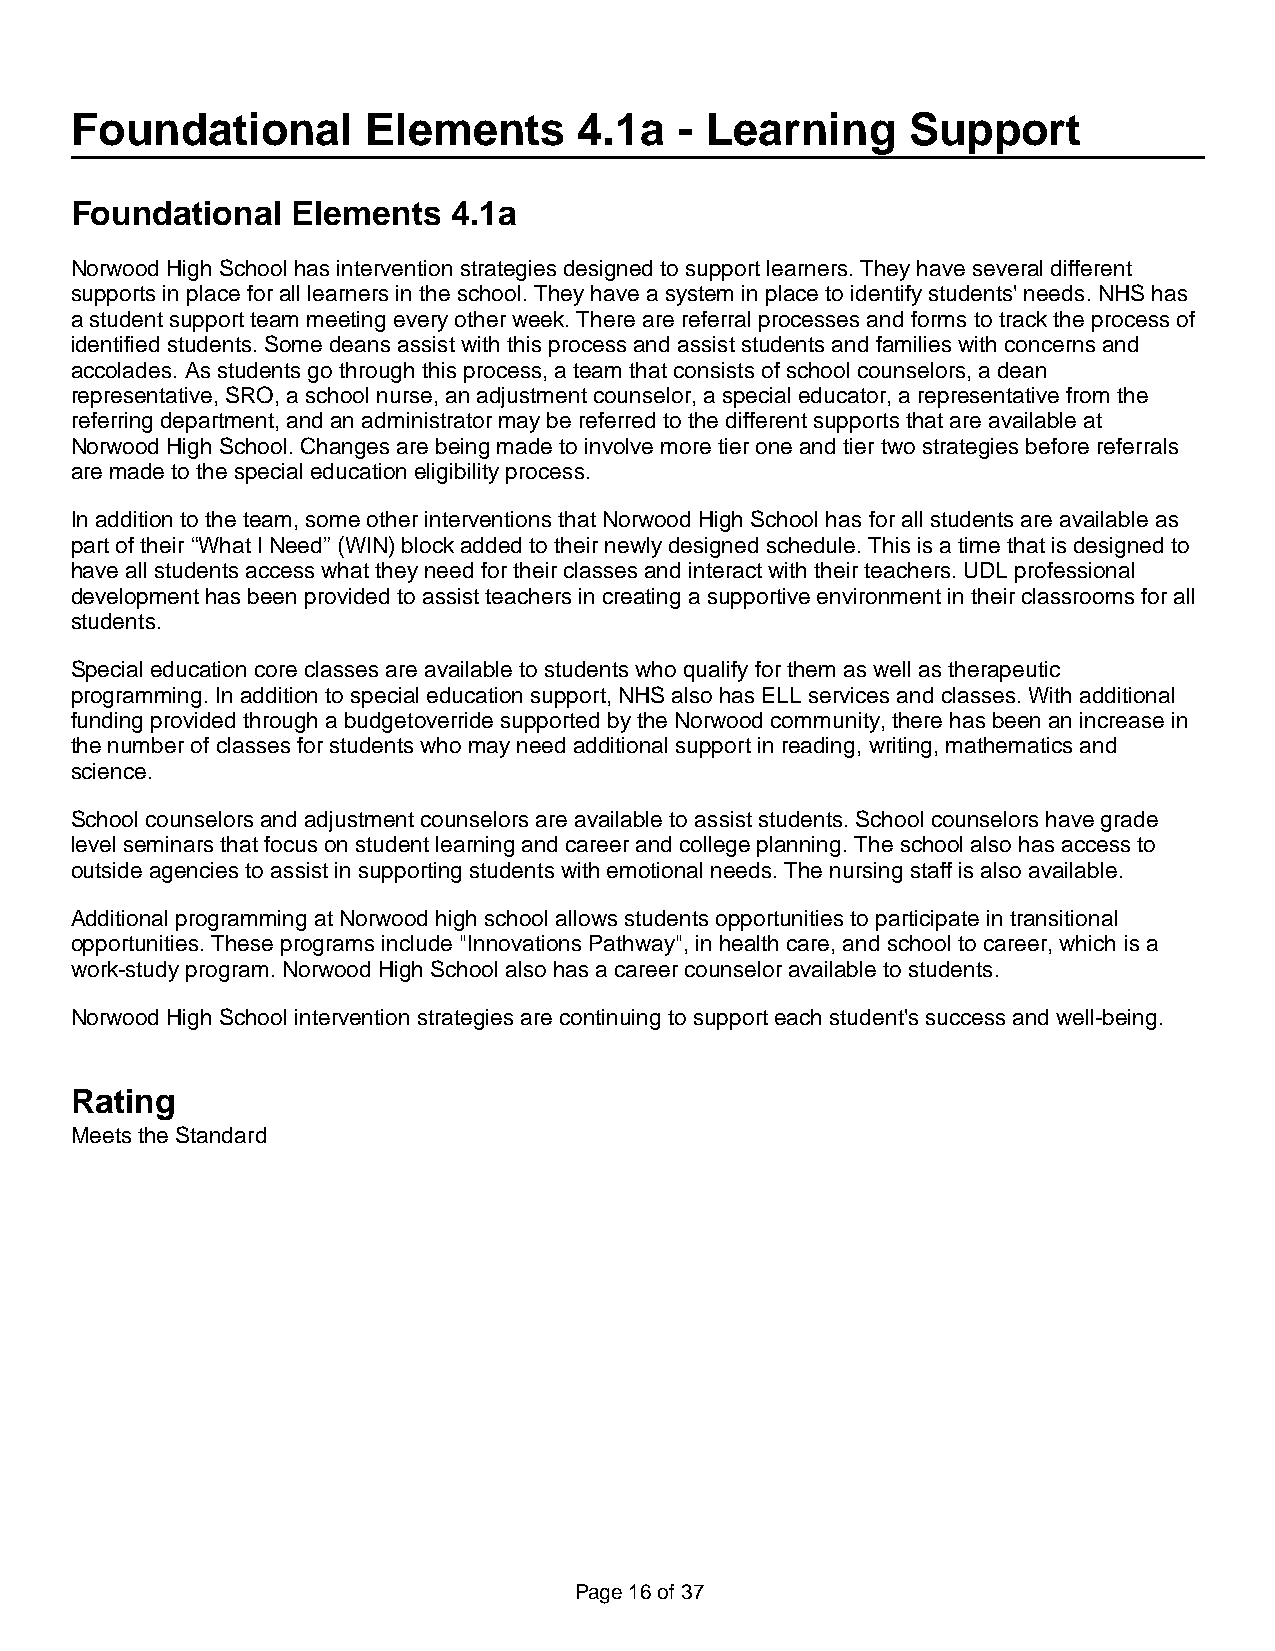
Foundational       Elements      4.1a   - Learning     Support
 Foundational  Elements   4.1a
 Norwood High School has intervention strategies designed to support learners. They have several different
 supports in place for all learners in the school. They have a system in place to identify students' needs. NHS has
 a student support team meeting every other week. There are referral processes and forms to track the process of
 identified students. Some deans assist with this process and assist students and families with concerns and
 accolades. As students go through this process, a team that consists of school counselors, a dean
 representative, SRO, a school nurse, an adjustment counselor, a special educator, a representative from the
 referring department, and an administrator may be referred to the different supports that are available at
 Norwood High School. Changes are being made to involve more tier one and tier two strategies before referrals
 are made to the special education eligibility process.
 In addition to the team, some other interventions that Norwood High School has for all students are available as
 part of their “What I Need” (WIN) block added to their newly designed schedule. This is a time that is designed to
 have all students access what they need for their classes and interact with their teachers. UDL professional
 development has been provided to assist teachers in creating a supportive environment in their classrooms for all
 students.
 Special education core classes are available to students who qualify for them as well as therapeutic
 programming. In addition to special education support, NHS also has ELL services and classes. With additional
 funding provided through a budgetoverride supported by the Norwood community, there has been an increase in
 the number of classes for students who may need additional support in reading, writing, mathematics and
 science.
 School counselors and adjustment counselors are available to assist students. School counselors have grade
 level seminars that focus on student learning and career and college planning. The school also has access to
 outside agencies to assist in supporting students with emotional needs. The nursing staff is also available.
 Additional programming at Norwood high school allows students opportunities to participate in transitional
 opportunities. These programs include "Innovations Pathway", in health care, and school to career, which is a
 work-study program. Norwood High School also has a career counselor available to students.
 Norwood High School intervention strategies are continuing to support each student's success and well-being.
 Rating
 Meets the Standard
 Page 16 of 37